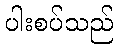
ပါးစပ်သည်